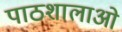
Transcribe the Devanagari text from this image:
पाठशालाओ